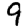
Digit: 9